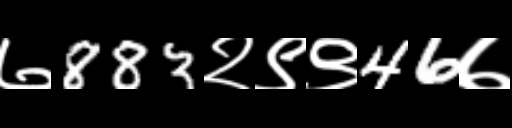
Text: ७883२९९46७